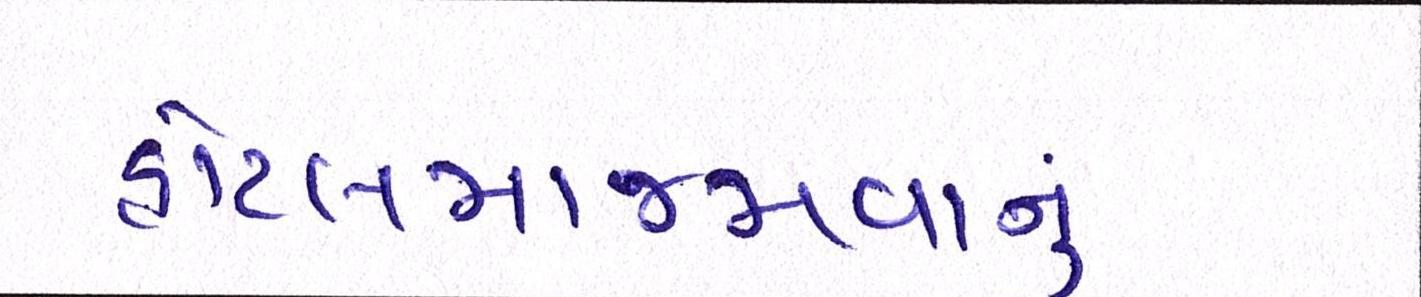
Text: હોટલમાજમવાનું